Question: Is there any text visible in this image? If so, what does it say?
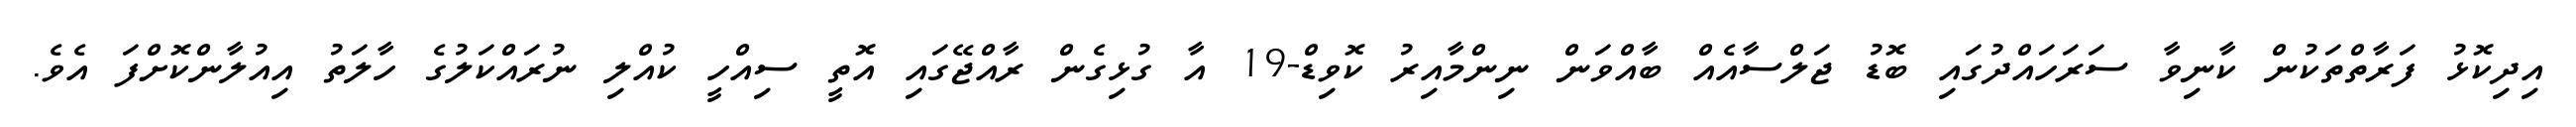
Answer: އިދިކޮޅު ފަރާތްތަކުން ކާނިވާ ސަރަހައްދުގައި ބޮޑު ޖަލްސާއެއް ބާއްވަން ނިންމާއިރު ކޮވިޑް-19 އާ ގުޅިގެން ރާއްޖޭގައި އޮތީ ސިއްހީ ކުއްލި ނުރައްކަލުގެ ހާލަތު އިއުލާންކޮށްފަ އެވެ.